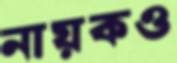
নায়কও